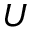
U